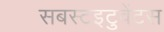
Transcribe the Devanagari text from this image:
सबस्टइटुवेंटस